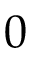
0